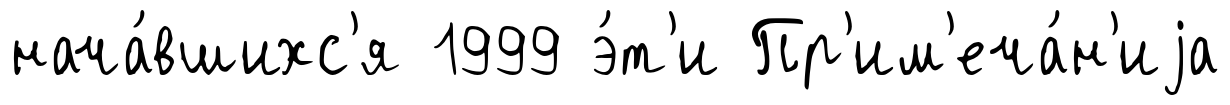
нача́вшихс'я 1999 э́т'и Пр'им'еча́н'иjа